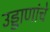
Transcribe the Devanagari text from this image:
उड्डाणांचे